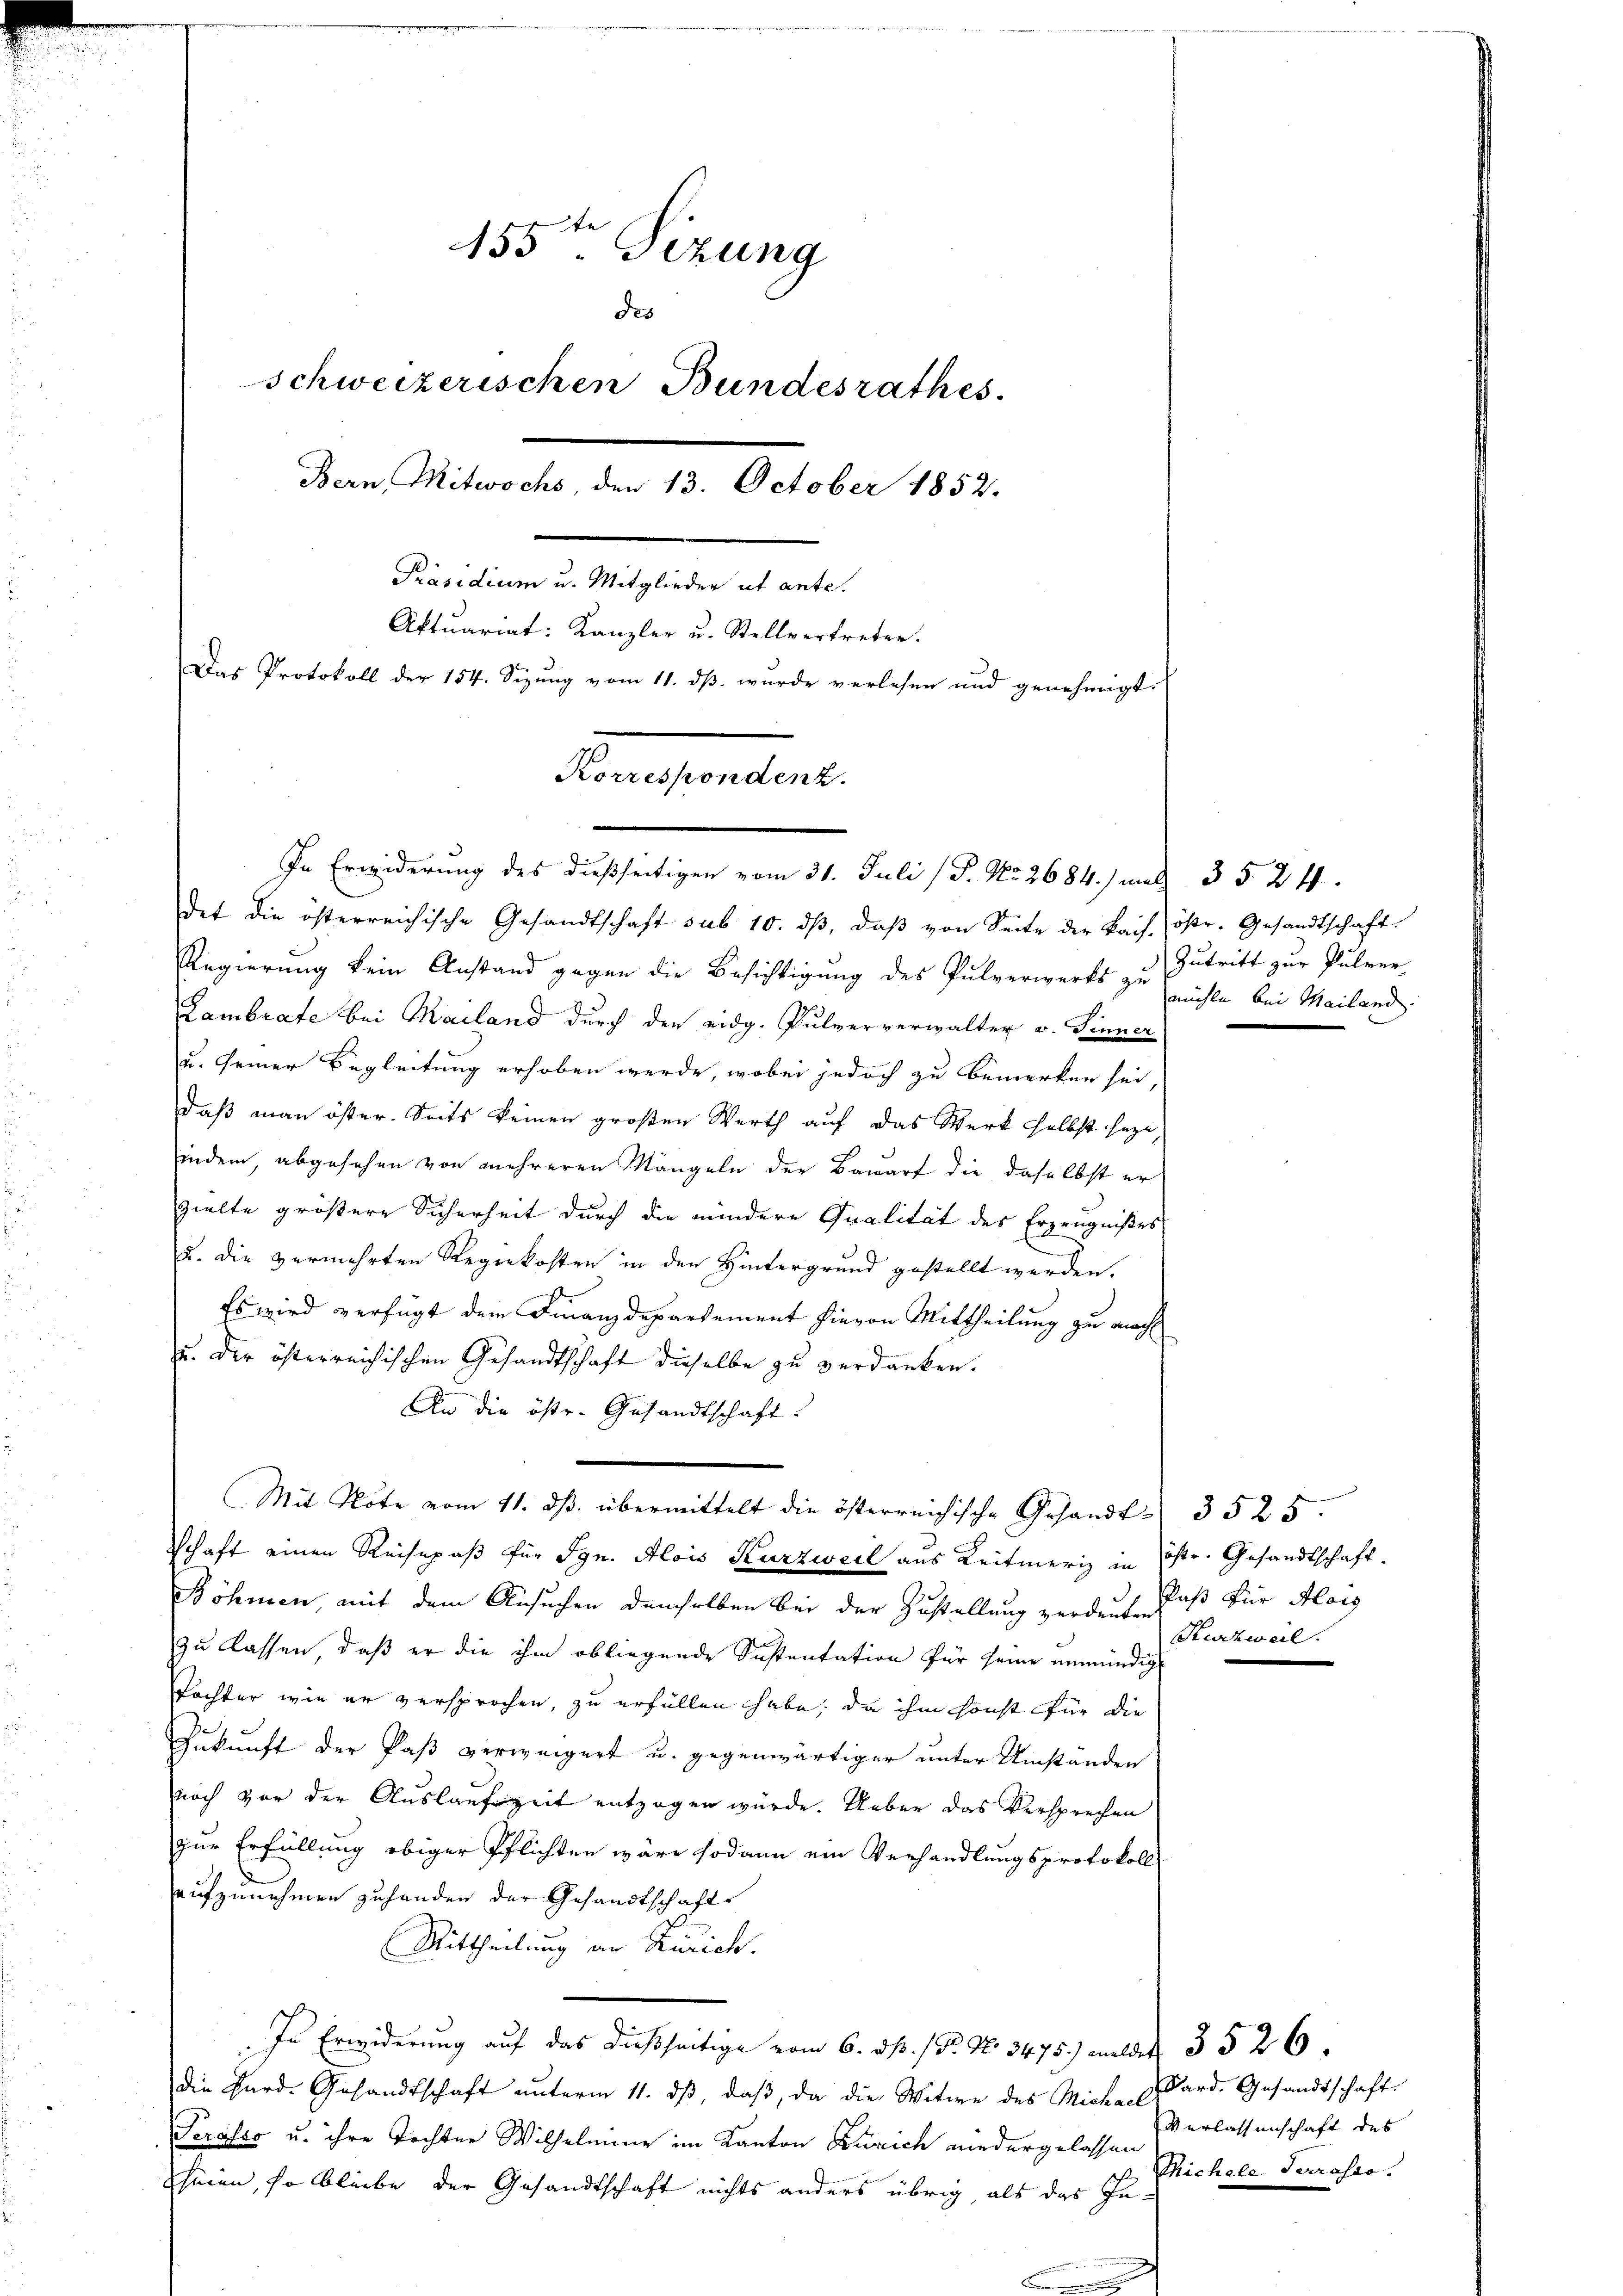
155ten Sizung
des
Schweizerischen Bundesrathes
Bern, Mitwochs, den 13. October 1852.
Präsidium u. Mitglieder ut ante.
Aktuariat: Kanzler u. Stellvertreten.
Das Protokoll der 154. Sizŭng vom 11. dβ. wurde verlesen und genehmigt.
Korrespondenz.

In Erwiderung des dießseitigen vom 31. Juli (T. No. 2684.) mit 35 24.
det die österreichische Gesandtschaft sub 10. dβ, daβ von Seite der kais. östr. Gesandtschaft.
Regierung kein Anstand gegen die Besichtigung des Pulverwerks zu nichte bei Mailand
Lambrate bei Mailand durch den eidg. Pulververwalter v. Sinner
u. seiner Begleitung erhoben werde, wobei jedoch zu bemerken sei
daß man öster. Seits keinen großen Werth auf das Werk selbst hegeindem, abgesehen von mehreren Mängeln der Bauart die daselbst er
zielte größere Sicherheit durch die mindere Qualität des Erzeugnißes
u. die vermehrten Regiekosten in den Hintergrund gestellt werden.
Es wird verfügt dem Finanzdepartement hievon Mittheilung zu mach
u. der österreichischen Gesandtschaft dieselbe zu verdanken.
An die öste Gesandtschaft.
schaft einen Reisepaß für Ign. Alois Kurzweil aus Leitmerig in Östr. Gesandtschaft
Böhmen, mit dem Ansuchen demselben bei der Zustellung zerden, daß für Alois
zu lassen, daß er die ihm obliegende Sustentation für seine unmündig
Tochter wie er versprochen, zu erfüllen habe, da ihm sonst für die
Zukunft der Paß verweigert u. gegenwärtiger unter Umstanden
noch vor der Auslaufzeit entzogen würde. Ueber das Versprechen
zur Erfüllung obiger Pflichten wäre sodann ein Verhandlungsprotokoll
aufzunehmen zuhanden der Gesandtschaft¬
Mittheilung an Zürich.
In Erwiderung auf das dießseitige vom 6. ds. / P. No 3475) mildet 3526.
die Hard-Gesandtschaft ŭnterm 11. dβ, daβ, da die Witwe des Miche Card. Gesandtschaft.
Serasso u. ihre Tochter Wilhelmine im Kanton Zürich wiedergelassen
heien, so bleibe der Gesandtschaft nichts anders übrig, als das In¬

Mit Note vom 11. dβ übermittelt die österreichische Gesandt - 3525.

Zutritt zur Pulver-

Kurzweil.

Verlassenschaft des
Michele. Terrasso